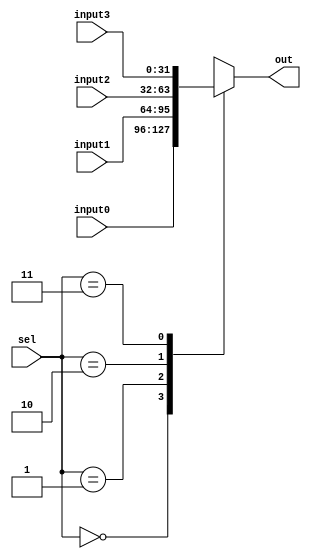
module MUX_4to1 #(parameter size = 32)(
    //inputs & output ports
    input      [size-1:0] input0,
    input      [size-1:0] input1,
    input      [size-1:0] input2,
    input      [size-1:0] input3,
    input      [1:0]      sel,
    output reg [size-1:0] out
);
    always @(*) begin
        
        case (sel)
            2'd0:  out = input0;
            2'd1:  out = input1;
            2'd2:  out = input2;
            2'd3:  out = input3;
            default: out = {size{1'b0}};
        endcase
    end

endmodule